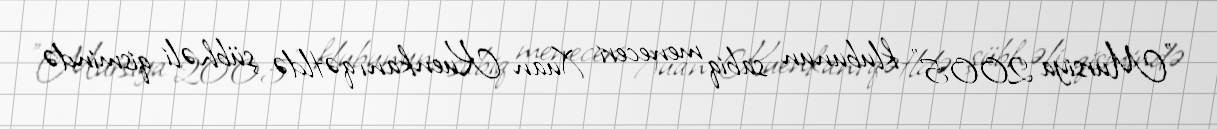
"Mursiya 2005" klubunun sabiq meneceri Xuan Kuenkanı qətldə şübhəli qismində